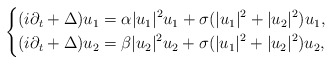
\begin{align*}\left\{\begin{aligned}(i \partial_t +\Delta) u_1 &= \alpha |u_1|^2 u_1 + \sigma (|u_1|^2+|u_2|^2) u_1 ,\\(i \partial_t +\Delta) u_2&= \beta |u_2|^2 u_2 + \sigma (|u_1|^2+|u_2|^2) u_2 ,\end{aligned}\right.\end{align*}